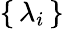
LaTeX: \{ \, \lambda_{i}\, \}